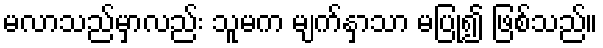
မလာသည်မှာလည်း သူမက မျက်နှာသာ မပြု၍ ဖြစ်သည်။